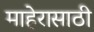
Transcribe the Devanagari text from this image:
माहेरासाठी